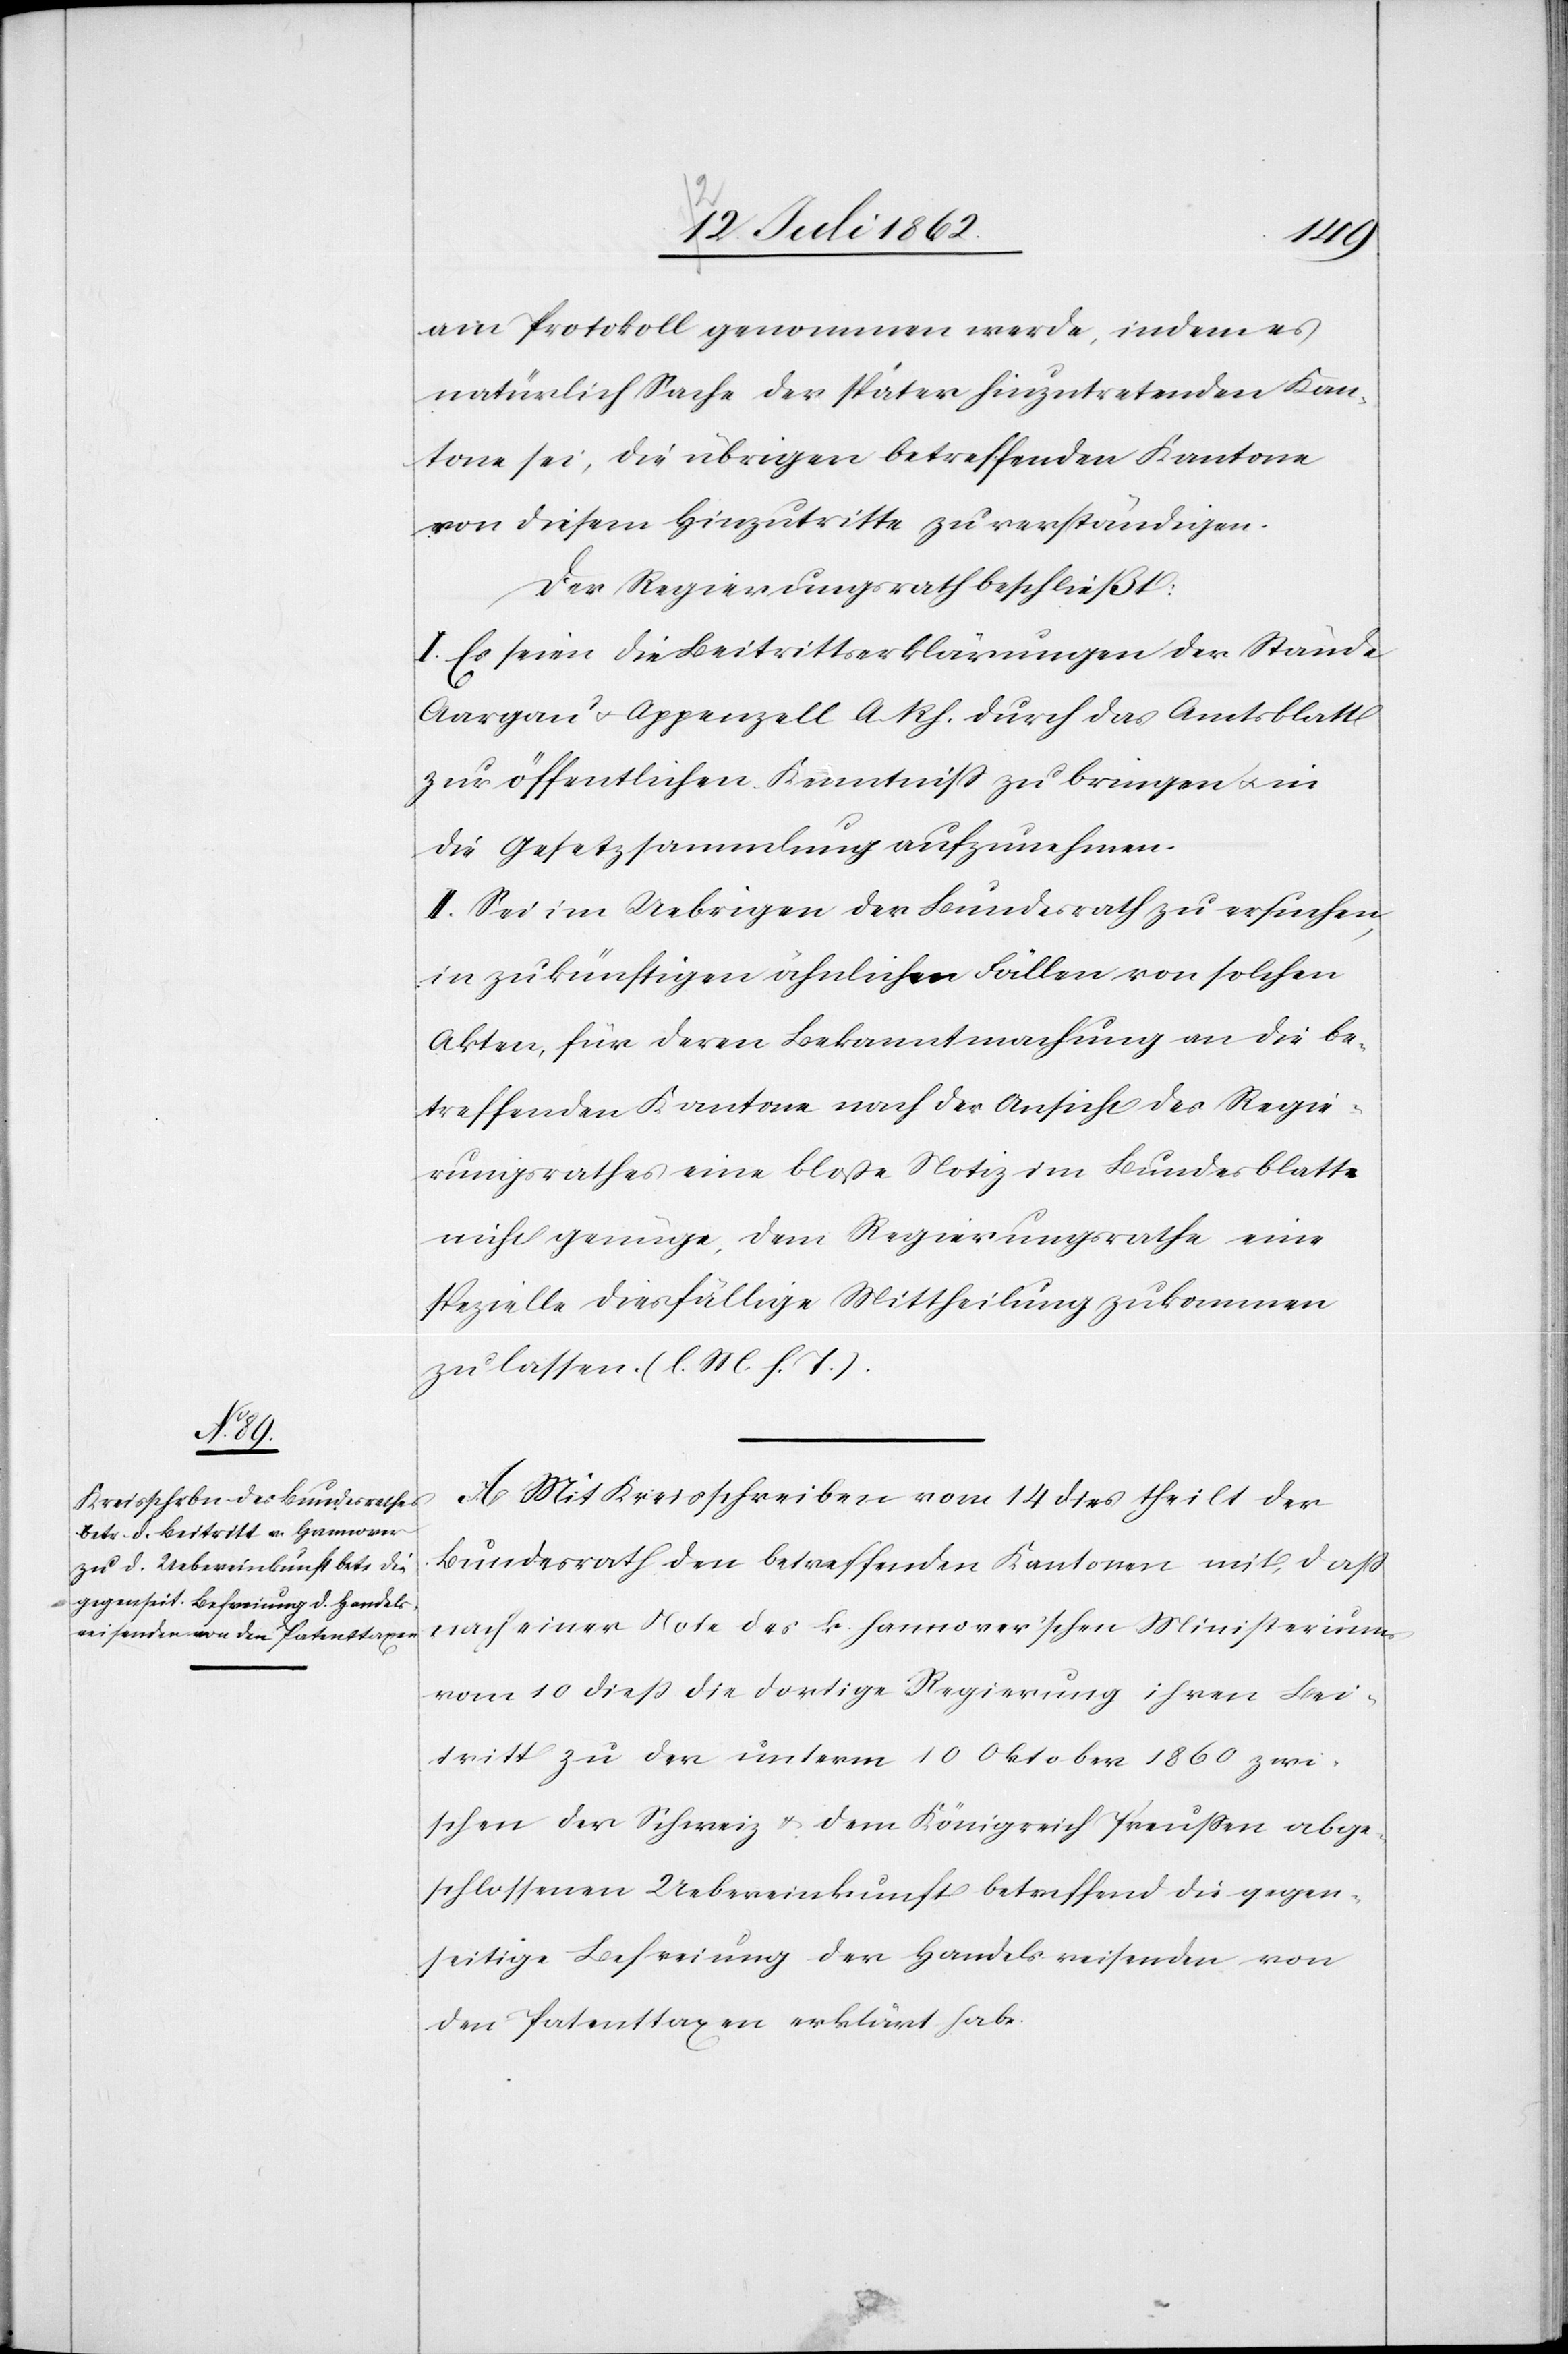
am Protokoll genommen werde, indem es
natürlich Sache der später hinzutretenden Kan¬
tone sei, die übrigen betreffenden Kantone
von diesem Hinzuritte zu verständigen.
Der Regierungsrath beschließt:
I. Es seien die Beitrittserklärungen der Stände
Aargau u. Appenzell A. Rh. durch das Amtsblatt
zur öffentlichen Kenntniß zu bringen u. in
die Gesetzessammlung aufzunehmen.
II. Sei im Uebrigen der Bundesrath zu ersuchen,
in zukünftigen ähnlichen Fällen von solchen
Akten, für deren Bekanntmachung an die be¬
treffenden Kantone nach der Ansicht des Regie¬
rungsrathes eine bloße Notiz im Bundesblatte
nicht genüge, dem Regierungsrathe eine
spezielle diesfällige Mittheilung zukommen
zu lassen. (l. M. h. T.).
A. Mit Kreisschreiben vom 14. dies theilt der
Bundesrath den betreffenden Kantonen mit, daß
nach einer Note des k. hannover’schen Ministeriums
vom 10. dieß die dortige Regierung ihren Bei¬
tritt zu der unterm 10. Oktober 1860 zwi¬
schen der Schweiz u. dem Königreich Preußen abge¬
schlossenen Uebereinkunft betreffend die gegen¬
seitige Befreiung der Handelsreisenden von
den Patenttaxen erklärt habe.